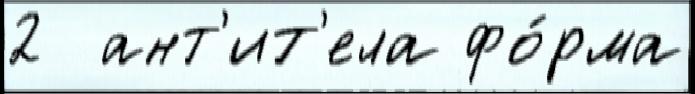
2  ант'ит'ела фо́рма